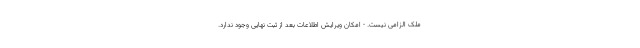
ملک الزامی نیست. - امکان ویرایش اطلاعات بعد از ثبت نهایی وجود ندارد.